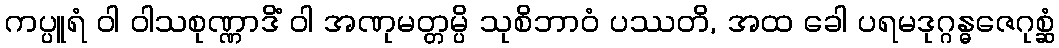
ကပ္ပူရံ ဝါ ဝါသစုဏ္ဏာဒိံ ဝါ အဏုမတ္တမ္ပိ သုစိဘာဝံ ပဿတိ, အထ ခေါ ပရမဒုဂ္ဂန္ဓဇေဂုစ္ဆံ